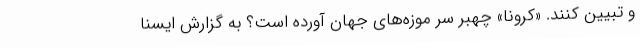
و تبیین کنند. «کرونا»‌ چهبر سر موزه‌های جهان آورده است؟ به گزارش ایسنا